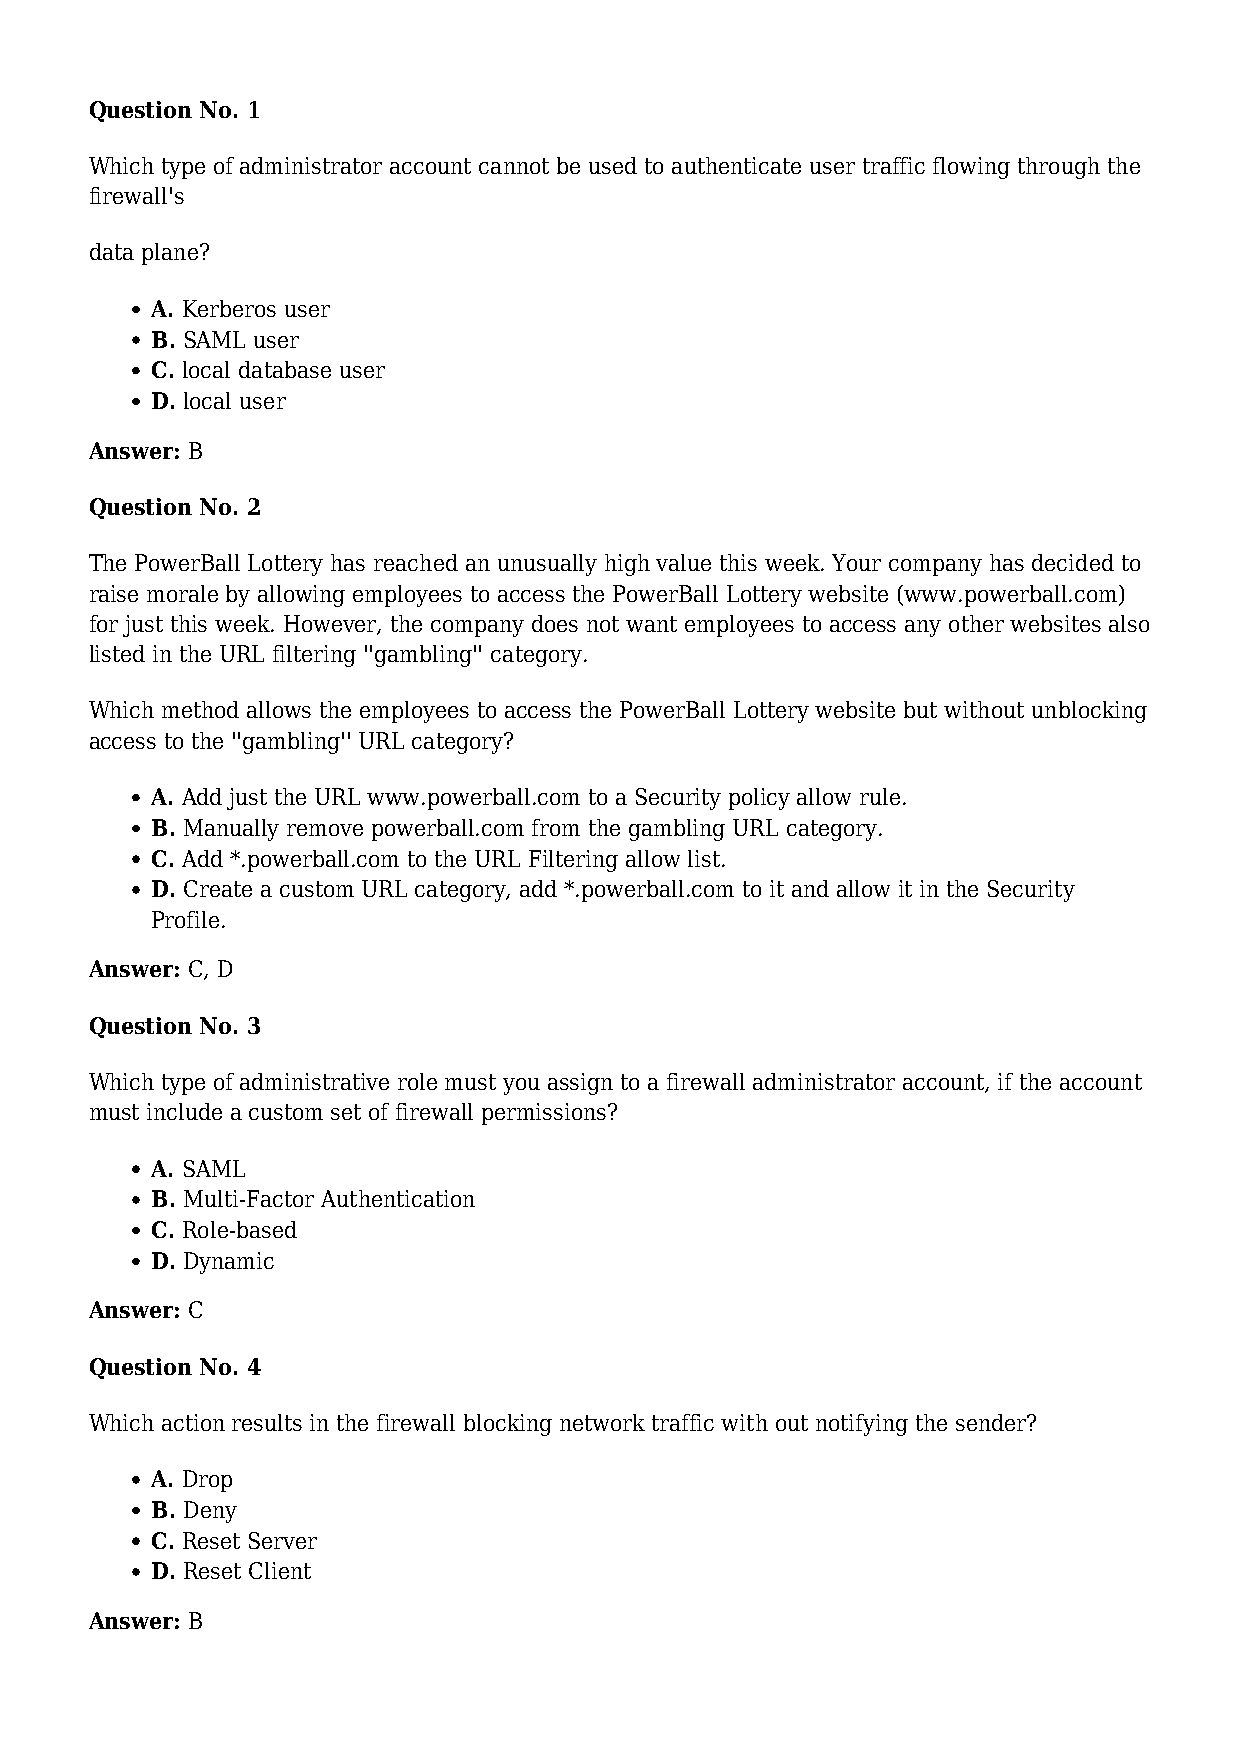
Question No. 1
 Which type of administrator account cannot be used to authenticate user traffic flowing through the
 firewall's
 data plane?
 A. Kerberos user
 B. SAML user
 C. local database user
 D. local user
 Answer: B
 Question No. 2
 The PowerBall Lottery has reached an unusually high value this week. Your company has decided to
 raise morale by allowing employees to access the PowerBall Lottery website (www.powerball.com)
 for just this week. However, the company does not want employees to access any other websites also
 listed in the URL filtering ''gambling'' category.
 Which method allows the employees to access the PowerBall Lottery website but without unblocking
 access to the ''gambling'' URL category?
 A. Add just the URL www.powerball.com to a Security policy allow rule.
 B. Manually remove powerball.com from the gambling URL category.
 C. Add *.powerball.com to the URL Filtering allow list.
 D. Create a custom URL category, add *.powerball.com to it and allow it in the Security
 Profile.
 Answer: C, D
 Question No. 3
 Which type of administrative role must you assign to a firewall administrator account, if the account
 must include a custom set of firewall permissions?
 A. SAML
 B. Multi-Factor Authentication
 C. Role-based
 D. Dynamic
 Answer: C
 Question No. 4
 Which action results in the firewall blocking network traffic with out notifying the sender?
 A. Drop
 B. Deny
 C. Reset Server
 D. Reset Client
 Answer: B